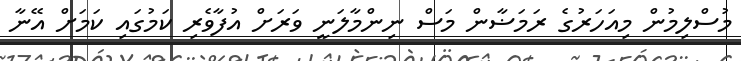
މުސްލިމުން މިއަހަރުގެ ރަމަޟާން މަސް ނިންމާލަނީ ވަރަށް އުފާވެރި ކަމުގައި ކަމަށް އޭނާ